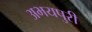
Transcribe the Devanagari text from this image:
अभयपुरी